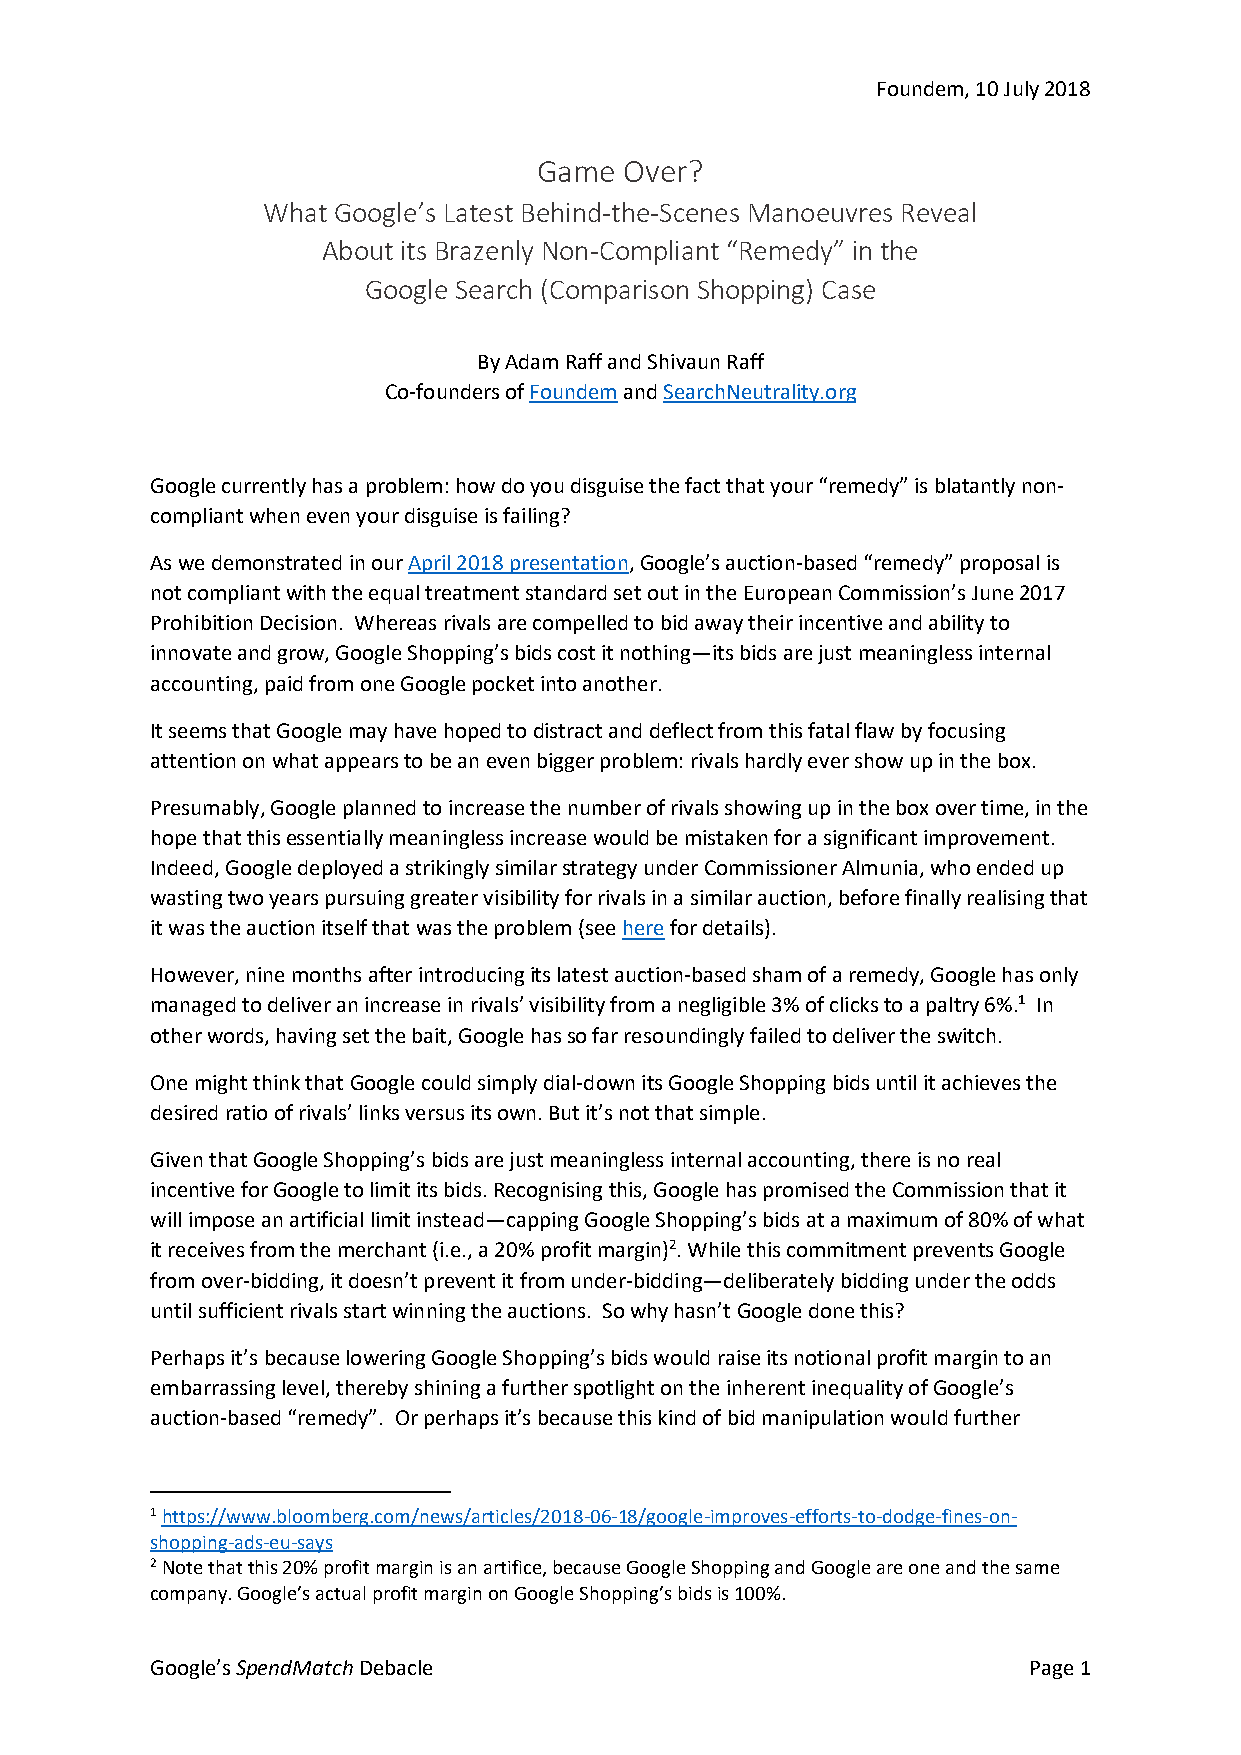
Foundem, 10 July 2018
 Game Over?
 What Google’s Latest Behind-the-Scenes Manoeuvres Reveal
 About its Brazenly Non-Compliant “Remedy” in the
 Google Search (Comparison Shopping) Case
 By Adam Raff and Shivaun Raff
 Co-founders of Foundem and SearchNeutrality.org
 Google currently has a problem: how do you disguise the fact that your “remedy” is blatantly non-
 compliant when even your disguise is failing?
 As we demonstrated in our April 2018 presentation, Google’s auction-based “remedy” proposal is
 not compliant with the equal treatment standard set out in the European Commission’s June 2017
 Prohibition Decision. Whereas rivals are compelled to bid away their incentive and ability to
 innovate and grow, Google Shopping’s bids cost it nothing—its bids are just meaningless internal
 accounting, paid from one Google pocket into another.
 It seems that Google may have hoped to distract and deflect from this fatal flaw by focusing
 attention on what appears to be an even bigger problem: rivals hardly ever show up in the box.
 Presumably, Google planned to increase the number of rivals showing up in the box over time, in the
 hope that this essentially meaningless increase would be mistaken for a significant improvement.
 Indeed, Google deployed a strikingly similar strategy under Commissioner Almunia, who ended up
 wasting two years pursuing greater visibility for rivals in a similar auction, before finally realising that
 it was the auction itself that was the problem (see here for details).
 However, nine months after introducing its latest auction-based sham of a remedy, Google has only
 managed to deliver an increase in rivals’ visibility from a negligible 3% of clicks to a paltry 6%.1 In
 other words, having set the bait, Google has so far resoundingly failed to deliver the switch.
 One might think that Google could simply dial-down its Google Shopping bids until it achieves the
 desired ratio of rivals’ links versus its own. But it’s not that simple.
 Given that Google Shopping’s bids are just meaningless internal accounting, there is no real
 incentive for Google to limit its bids. Recognising this, Google has promised the Commission that it
 will impose an artificial limit instead—capping Google Shopping’s bids at a maximum of 80% of what
 it receives from the merchant (i.e., a 20% profit margin)2. While this commitment prevents Google
 from over-bidding, it doesn’t prevent it from under-bidding—deliberately bidding under the odds
 until sufficient rivals start winning the auctions. So why hasn’t Google done this?
 Perhaps it’s because lowering Google Shopping’s bids would raise its notional profit margin to an
 embarrassing level, thereby shining a further spotlight on the inherent inequality of Google’s
 auction-based “remedy”. Or perhaps it’s because this kind of bid manipulation would further
 1 https://www.bloomberg.com/news/articles/2018-06-18/google-improves-efforts-to-dodge-fines-on-
 shopping-ads-eu-says
 2 Note that this 20% profit margin is an artifice, because Google Shopping and Google are one and the same
 company. Google’s actual profit margin on Google Shopping’s bids is 100%.
 Google’s SpendMatch Debacle                               Page 1